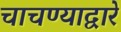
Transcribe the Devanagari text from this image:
चाचण्याद्वारे